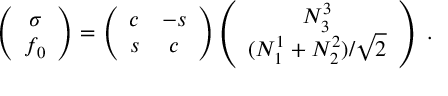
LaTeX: \left( \begin{array} { c } { { \sigma } } \\ { { f _ { 0 } } } \end{array} \right) = \left( \begin{array} { c c } { { c } } & { { - s } } \\ { { s } } & { { c } } \end{array} \right) \left( \begin{array} { c } { { N _ { 3 } ^ { 3 } } } \\ { { ( N _ { 1 } ^ { 1 } + N _ { 2 } ^ { 2 } ) / \sqrt { 2 } } } \end{array} \right) \ .